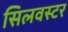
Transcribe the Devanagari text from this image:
सिलवस्टर